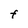
Character: F